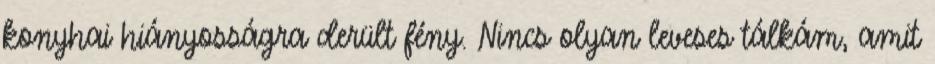
konyhai hiányosságra derült fény. Nincs olyan leveses tálkám, amit